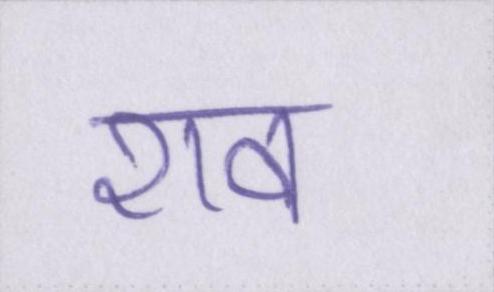
शव